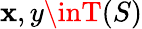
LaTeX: \mathbf{x},y\inT(S)